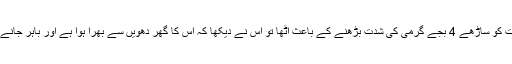
پولیس نے بتایا کہ متاثرہ شخص رات کو ساڑھے 4 بجے گرمی کی شدت بڑھنے کے باعث اٹھا تو اس نے دیکھا کہ اس کا گھر دھویں سے بھرا ہوا ہے اور باہر جانے کے دروازے پر آگ لگی ہوئی ہے۔